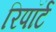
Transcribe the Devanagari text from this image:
रिपॉर्ट